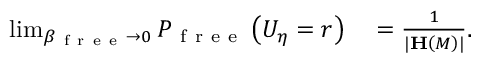
\begin{array} { r l } { \operatorname* { l i m } _ { \beta _ { \mathrm { ~ f ~ r ~ e ~ e ~ } } \rightarrow 0 } P _ { \mathrm { ~ f ~ r ~ e ~ e ~ } } \left( U _ { \eta } = r \right) } & { { } = \frac { 1 } { \vert \mathbf { H } \left( M \right) \vert } . } \end{array}